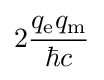
2{\frac {q_{\text{e}}q_{\text{m}}}{\hbar c}}